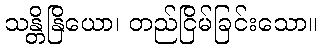
သန္တိနြိယော၊ တည်ငြိမ်ခြင်းသော။